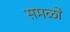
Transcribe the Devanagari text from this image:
समळो